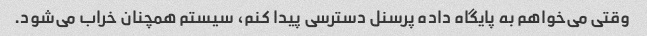
وقتی می‌خواهم به پایگاه داده پرسنل دسترسی پیدا کنم، سیستم همچنان خراب می‌شود.